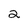
Character: 2